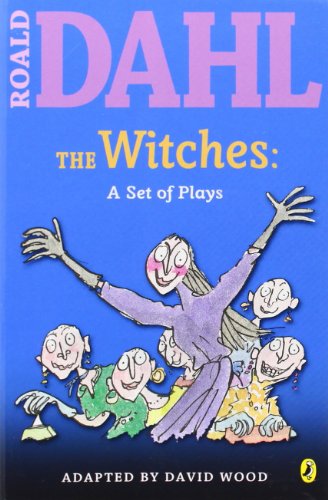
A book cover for The Witches: a Set of Plays; Roald Dahl; Literature & Fiction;